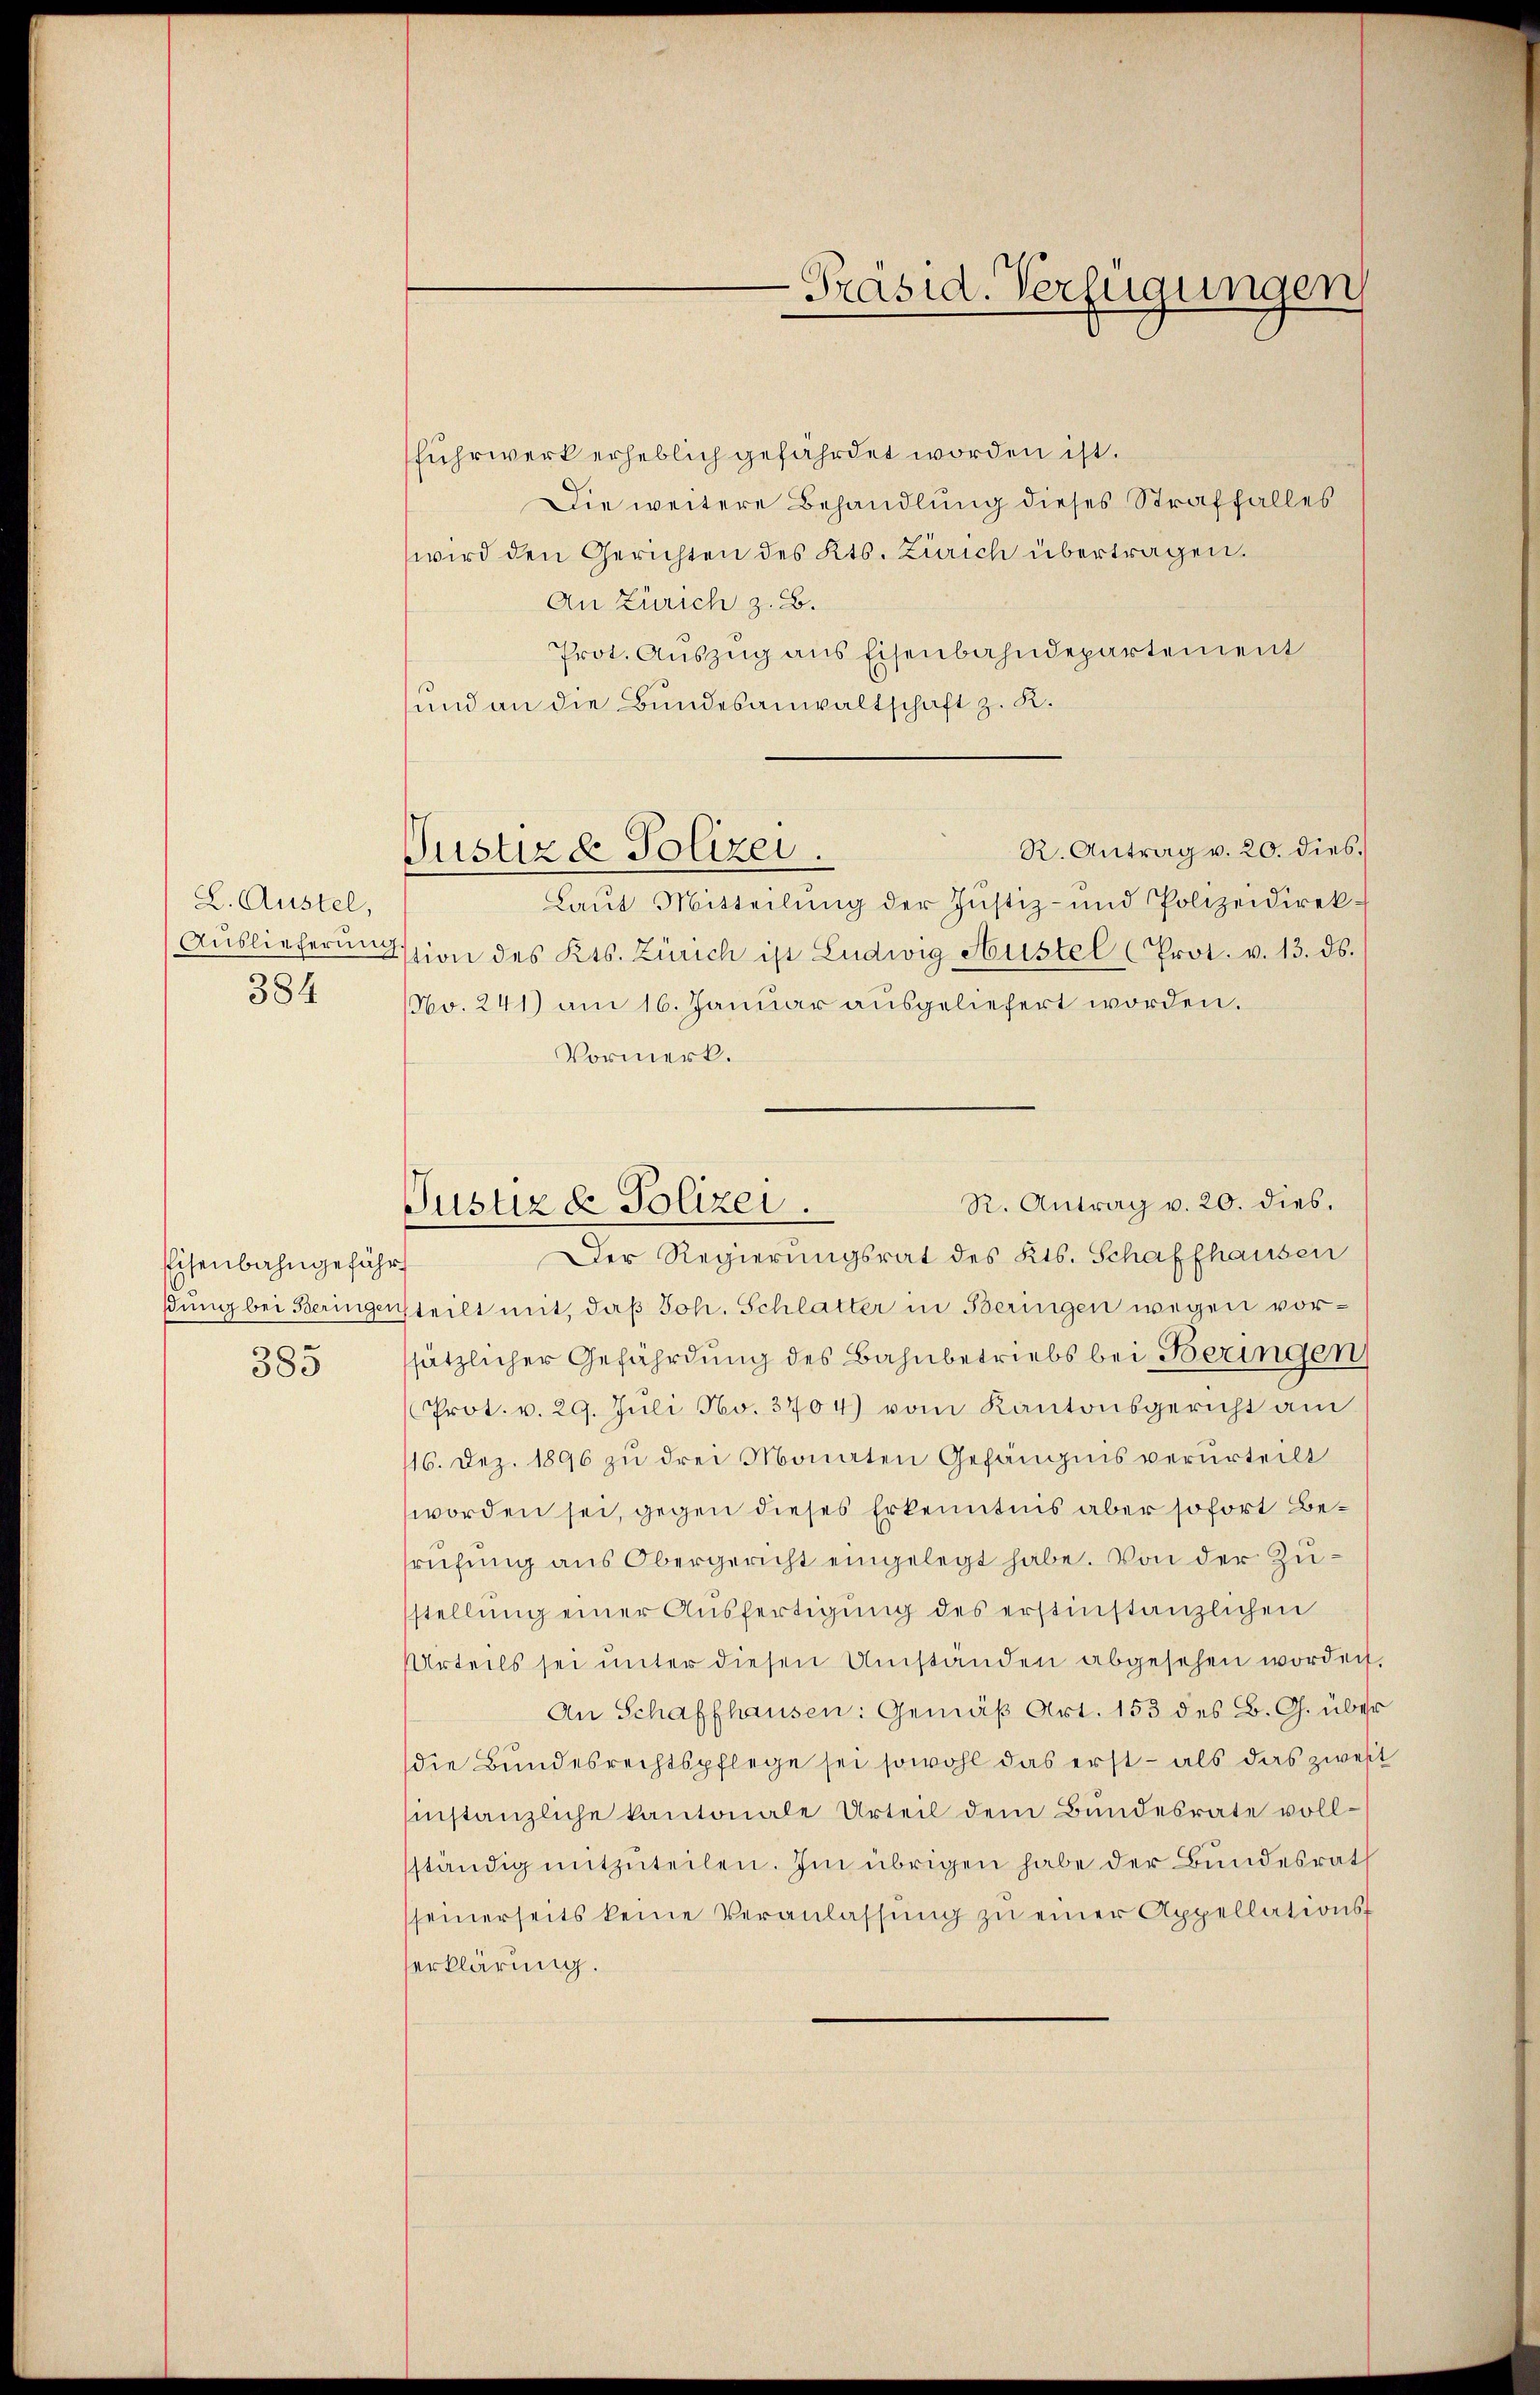
L. Austel,
Auslieferung
384

Eisenbahngefähr
ßung bei Beringen
385

Justizd Polizei.

fuhrwerk erheblich gefährdet worden ist.
Die weitere Behandlung dieses Straffalles
wird den Gerichten des Kts. Zürich übertragen.
An Zürich z. B.
Prot. Auszug aus Eisenbahndepartement
und an die Bundesanwaltschaft z. R.
R. Antrag v. 20. dies
Laut Mitteilung der Justiz- und Polizeidirekstion des Kts. Zürich ist Ludwig Hustel (Prot. v. 13. ds.
(No. 241) am 16. Januar ausgeliefert worden.
Vormerk.
Der Regierungsrat des Kts. Schaffhausen
teilt mit, daß Joh. Schlatter in Beringen wegen vorsätzlicher Gefährdung des Bahnbetriebs bei Beringen
Prot. v. 29. Juli No. 3704) vom Kantonsgericht am
16. Dez. 1896 zu drei Monaten Gefängnis verurteilt
worden sei, gegen dieses Erkenntnis aber sofort Besrüfŭng aus Obergericht eingelegt habe. Von der Zustellung einer Ausfertigung des erstinstanzlichen
Urteils sei ŭnter diesen Umstanden abgesehen worden,
An Schaffhausen: Gemäβ Art. 153 des B. G. über
die Bundesrechtspflege sei sowohl das erst – als das zwei
instanzliche kantonale Urteil dem Bundesrate vollständig mitzŭteilen. Im übrigen habe der Bundesrat
seinerseits keine Veranlassŭng zŭ einer Appellations-
erklärung.

Präsid. Verfügungen

R. Antrag v. 20. dies.
Justiz de Polizei.